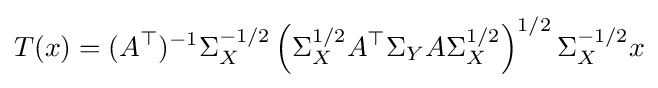
T(x)=(A^{\top })^{-1}\Sigma _{X}^{-1/2}\left(\Sigma _{X}^{1/2}A^{\top }\Sigma _{Y}A\Sigma _{X}^{1/2}\right)^{1/2}\Sigma _{X}^{-1/2}x